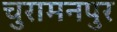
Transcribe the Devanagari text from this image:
चुरामनपुर